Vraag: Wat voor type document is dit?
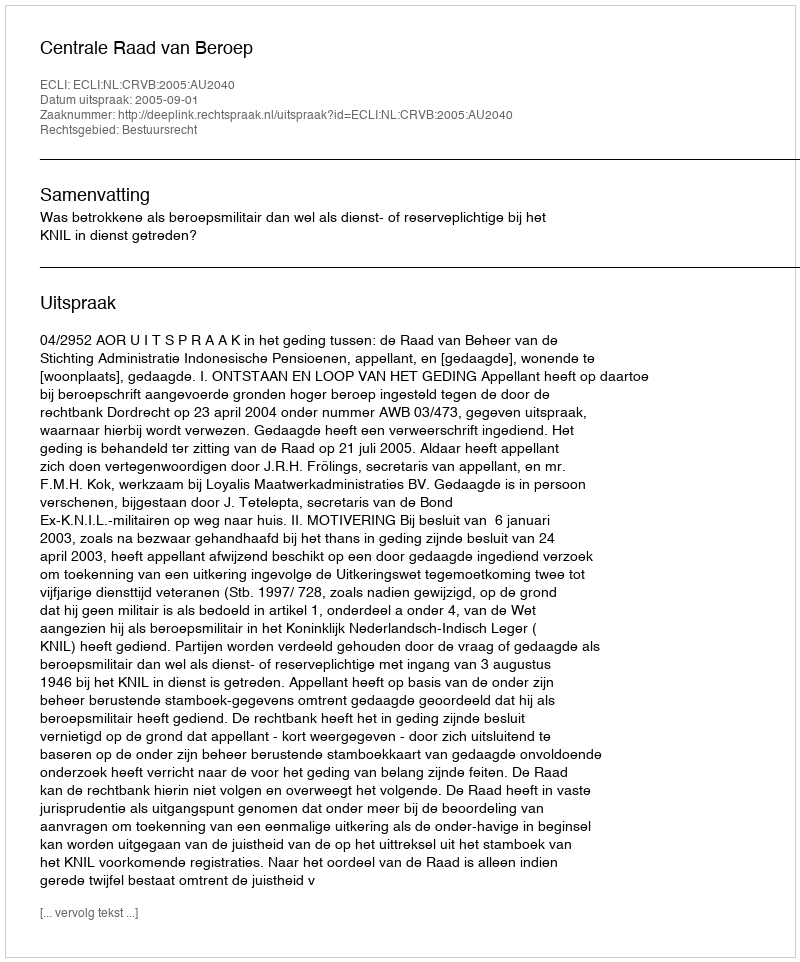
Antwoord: Uitspraak